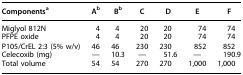
| Componentsa | Ab | Bb | C | D | E | F |
 | --- | --- | --- | --- | --- | --- | --- |
 | Miglyol 812N | 4 | 4 | 20 | 20 | 74 | 74 |
 | PFPE oxide | 4 | 4 | 20 | 20 | 74 | 74 |
 | P105/CrEL 2:3 (5% w/v) | 46 | 46 | 230 | 230 | 852 | 852 |
 | Celecoxib (mg) | — | 10.3 | — | 51.6 | — | 190.9 |
 | Total volume | 54 | 54 | 270 | 270 | 1,000 | 1,000 |